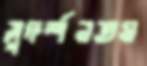
সুদর্শনতম